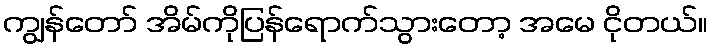
ကျွန်တော် အိမ်ကိုပြန်ရောက်သွားတော့ အမေ ငိုတယ်။